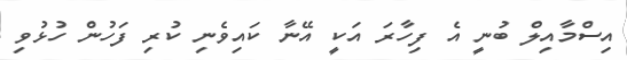
އިސްމާއިލް ބުނީ އެ ފިހާރަ އަކީ އޭނާ ކައިވެނި ކުރި ފަހުން ހުޅުވި